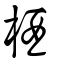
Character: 梄